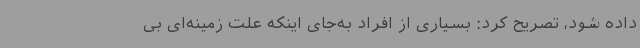
داده شود، تصریح کرد: بسیاری از افراد به‌جای اینکه علت زمینه‌ای بی